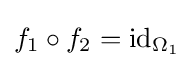
f_{1}\circ f_{2}=\operatorname {id} _{\Omega _{1}}